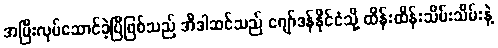
အပြီးလုပ်ဆောင်ခဲ့ပြီဖြစ်သည် အီဒါဆင်သည် ဂျော်ဒန်နိုင်ငံသို့ ထိန်းထိန်းသိမ်းသိမ်းနဲ့